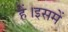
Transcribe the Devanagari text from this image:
हैं।इसमें